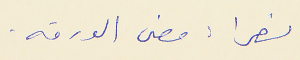
نصرا : مضى الورقه .